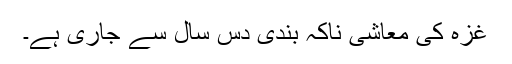
غزہ کی معاشی ناکہ بندی دس سال سے جاری ہے۔